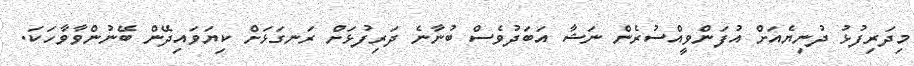
މިދަރިފުޅު ދުނިޔެއަށް އުފަންވީއްސުރެން ނަޝާ އަބަދުވެސް ބުނާނެ ދަރިފުޅަށް ރަނގަޅަށް ކިޔަވައިދޭން ބޭނުންވާވާހަކަ.